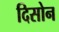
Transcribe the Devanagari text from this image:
दिसोन